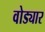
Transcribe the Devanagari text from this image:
वोड्यार